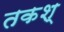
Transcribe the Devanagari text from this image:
तकश्